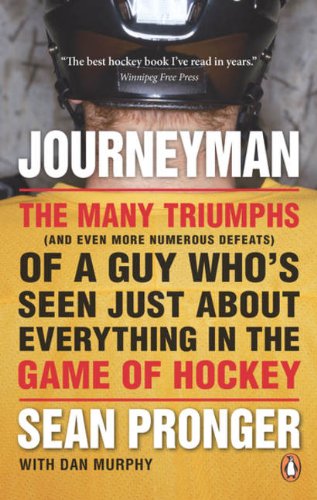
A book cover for Journeyman: The Many Triumphs (and Even More Defeats) Of A Guy Who's Seen; Sean Pronger; Biographies & Memoirs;